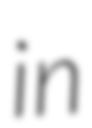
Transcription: in